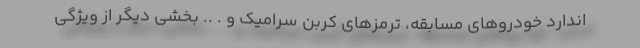
اندارد خودروهای مسابقه، ترمزهای کربن سرامیک و . .. بخشی دیگر از ویژگی